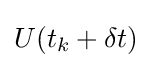
U(t_{k}+\delta t)